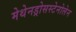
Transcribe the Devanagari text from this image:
मेथेनड्रोसस्टेनोलेन